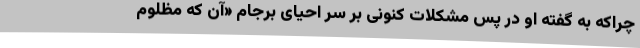
چراکه به گفته او در پس مشکلات کنونی بر سر احیای برجام «آن که مظلوم